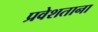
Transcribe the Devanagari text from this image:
प्रवेशताना